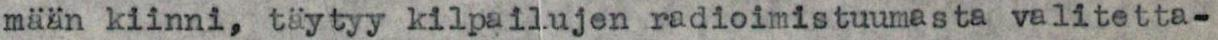
mään kiinni, täytyy kilpailujen radioimistuumasta valitetta-